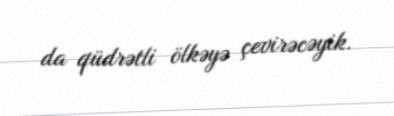
da qüdrətli ölkəyə çevirəcəyik.